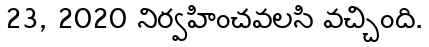
23, 2020 నిర్వహించవలసి వచ్చింది.